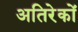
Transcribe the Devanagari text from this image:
अतिरेकों